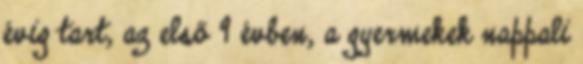
évig tart, az első 9 évben, a gyermekek nappali